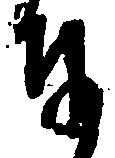
付